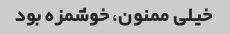
خیلی ممنون، خوشمزه بود